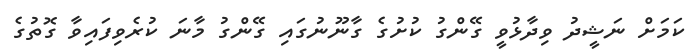
ކަމަށް ނަޝީދު ވިދާޅުވީ ގޭންގު ކުށުގެ ގާނޫނުގައި ގޭންގު މާނަ ކުރެވިފައިވާ ގޮތުގެ